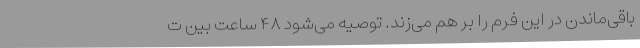
باقی‌ماندن در این فرم را بر هم می‌زند. توصیه می‌شود ۴۸ ساعت بین ت